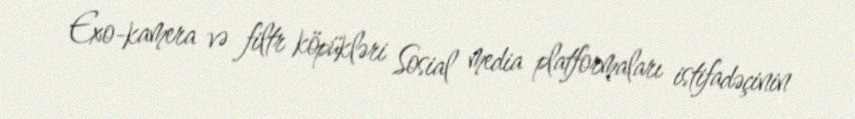
Exo-kamera və filtr köpükləri Sosial media platformaları istifadəçinin